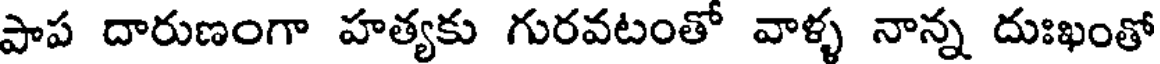
పాప దారుణంగా హత్యకు గురవటంతో వాళ్ళ నాన్న దుఃఖంతో